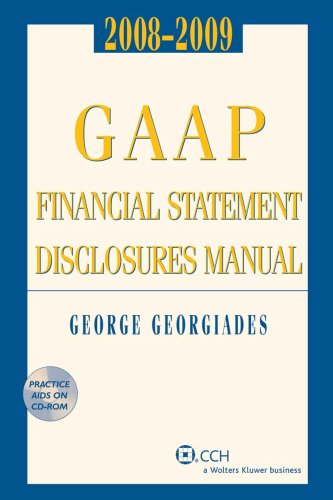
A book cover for GAAP Financial Statement Disclosures Manual, (w/CD-ROM) 2008-2009; George Georgiades; Business & Money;